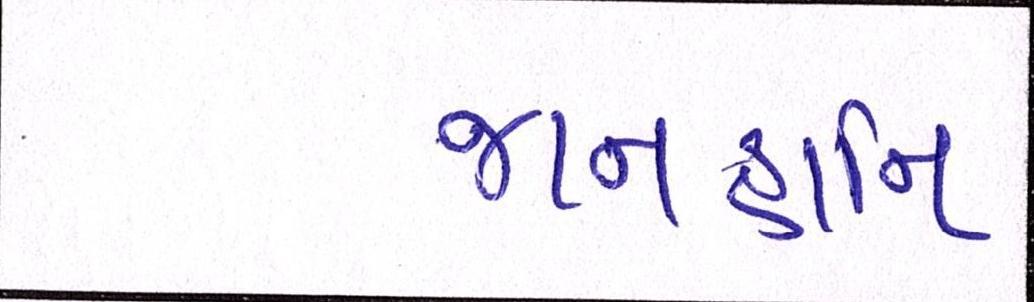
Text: જાનહાનિ